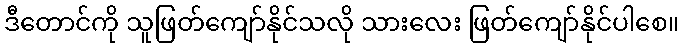
ဒီတောင်ကို သူဖြတ်ကျော်နိုင်သလို သားလေး ဖြတ်ကျော်နိုင်ပါစေ။